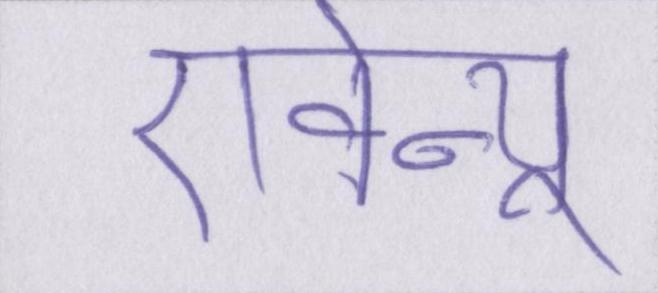
एवेन्यू